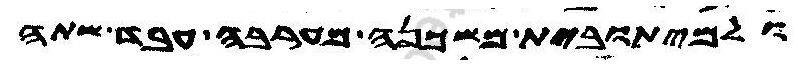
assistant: ולמיתובית משכנה מערבה עבד שתה